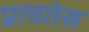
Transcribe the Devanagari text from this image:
प्राचतेस